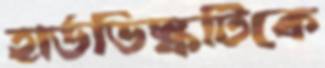
হার্ডডিস্কটিকে